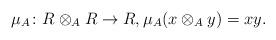
LaTeX: \begin{align*} \mu_A \colon R \otimes_A R \to R, \mu_A(x \otimes_A y) = xy.\end{align*}